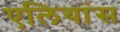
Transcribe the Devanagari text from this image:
एलियांस